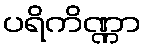
ပရိကိဏ္ဏာ